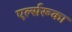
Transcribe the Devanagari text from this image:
एर्ल्सरूका